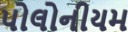
પોલોનીયમ